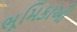
ભૂમિકાઓ